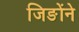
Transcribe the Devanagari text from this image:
जिङोंने